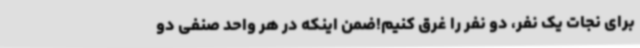
برای نجات یک نفر، دو نفر را غرق کنیم!ضمن اینکه در هر واحد صنفی دو